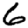
Digit: 6